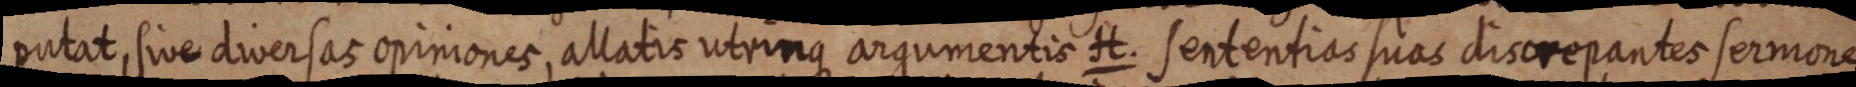
putat, sive diversas opiniones, allatis utrinque argumentis H. sententias suas discrepantes sermone